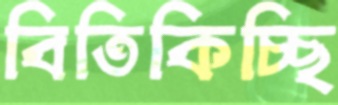
বিতিকিচ্ছি